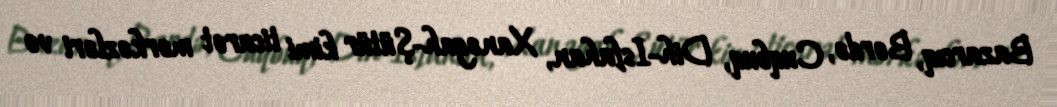
Bazarcıq, Bərdə, Cuqbuq, Dih-Isfahan, Xanəgah-Şütür kimi ticarət mərkəzləri və